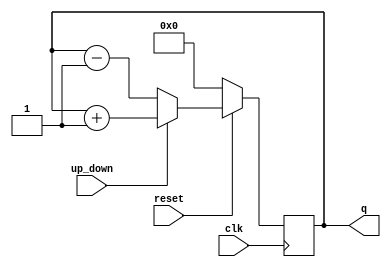
module up_down( input clk,reset,up_down,output reg [3:0]q);
	initial begin
		q=0;
	end
	always@(posedge clk)
	begin
		if(!reset)
			q<=4'b0000;
		else if(up_down==1'b1)
			q<=q+1;
		else
			q<=q-1;
	end
endmodule